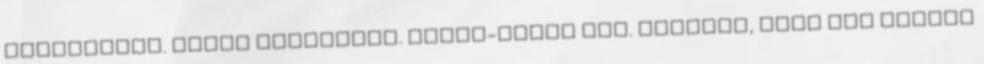
képhiányos. Tárat ürítettem. Mobil-netem van. Létezik, hogy még mindig